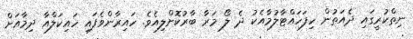
ނިތްކުރީގައި ދެއަތުން ހިފަހައްޓާލުމާއެކު ދެ ލޯ މަރާ ބާރުކޮށްލިއެވެ. ހައިރާންވެފައި ހައިކަލްއާ ދިމާއަށް